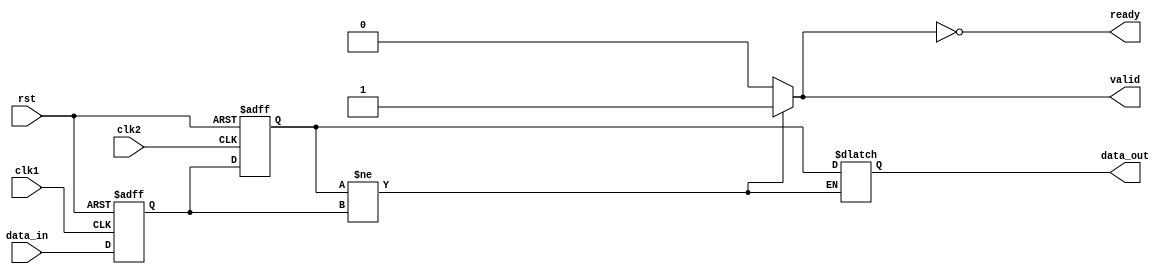
module synchronizer(
    input wire clk1,
    input wire clk2,
    input wire rst,
    input wire data_in,
    output reg data_out,
    output reg ready,
    output reg valid
);

reg ff1, ff2;

always @(posedge clk1 or posedge rst) begin
    if (rst) begin
        ff1 <= 1'b0;
    end else begin
        ff1 <= data_in;
    end
end

always @(posedge clk2 or posedge rst) begin
    if (rst) begin
        ff2 <= 1'b0;
    end else begin
        ff2 <= ff1;
    end
end

always @(*) begin
    if (ff2 != ff1) begin
        valid <= 1'b1;
        data_out <= ff2;
    end else begin
        valid <= 1'b0;
    end
end

assign ready = ~valid;

endmodule